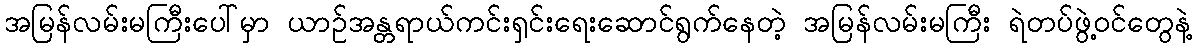
အမြန်လမ်းမကြီးပေါ်မှာ ယာဉ်အန္တရာယ်ကင်းရှင်းရေးဆောင်ရွက်နေတဲ့ အမြန်လမ်းမကြီး ရဲတပ်ဖွဲ့ဝင်တွေနဲ့